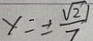
x = \pm \frac { \sqrt { 2 1 } } { 7 }